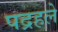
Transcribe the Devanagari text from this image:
पद्रहले